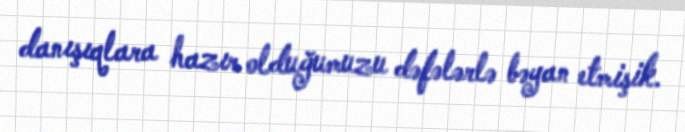
danışıqlara hazır olduğumuzu dəfələrlə bəyan etmişik.